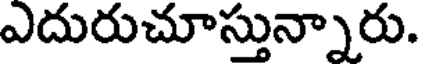
ఎదురుచూస్తున్నారు.